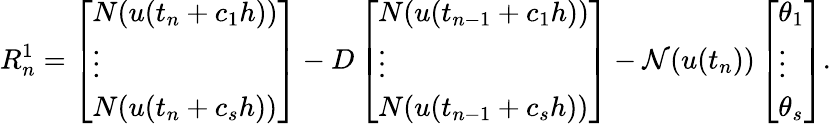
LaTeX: R_{n}^{1}=\left[\begin{array}{l}{N(u(t_{n}+c_{1}h))}\\ {\vdots}\\ {N(u(t_{n}+c_{s}h))}\end{array}\right]-D\left[\begin{array}{l}{N(u(t_{n-1}+c_{1}h))}\\ {\vdots}\\ {N(u(t_{n-1}+c_{s}h))}\end{array}\right]-\mathcal{N}(u(t_{n}))\left[\begin{array}{l}{\theta_{1}}\\ {\vdots}\\ {\theta_{s}}\end{array}\right].